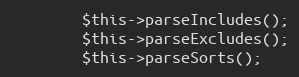
Language: PHP
        $this->parseIncludes();
        $this->parseExcludes();
        $this->parseSorts();